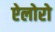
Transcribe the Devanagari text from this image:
ऐलोरो